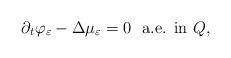
LaTeX: \begin{align*} \partial_t \varphi_{\varepsilon} - \Delta \mu_{\varepsilon}= 0 \ \ \textrm{a.e. in $Q$,}\end{align*}